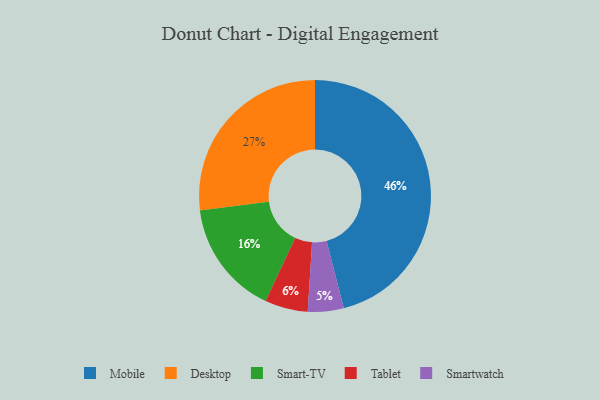
{"axis": {"x": "Category", "y": "Percentage"}, "legend": ["Desktop", "Mobile", "Smart-TV", "Smartwatch", "Tablet"], "data": [{"x": "Tablet", "y": 6, "type": "Tablet"}, {"x": "Smartwatch", "y": 5, "type": "Smartwatch"}, {"x": "Smart-TV", "y": 16, "type": "Smart-TV"}, {"x": "Mobile", "y": 46, "type": "Mobile"}, {"x": "Desktop", "y": 27, "type": "Desktop"}]}